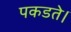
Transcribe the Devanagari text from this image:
पकडते।